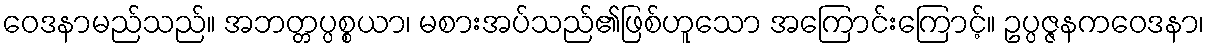
ဝေဒနာမည်သည်။ အဘတ္တပ္ပစ္စယာ၊ မစားအပ်သည်၏ဖြစ်ဟူသော အကြောင်းကြောင့်။ ဥပ္ပဇ္ဇနကဝေဒနာ၊